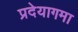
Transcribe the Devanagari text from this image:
प्रदेयागमा